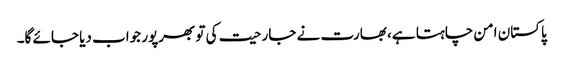
پاکستان امن چاہتا ہے، بھارت نے جارحیت کی تو بھرپور جواب دیا جائے گا۔